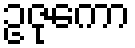
ဥဇုကော